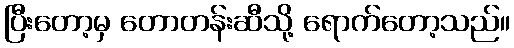
ပြီးတော့မှ တောတန်းဆီသို့ ရောက်တော့သည်။